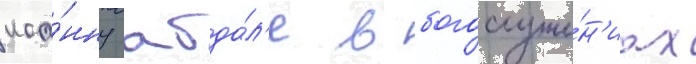
иоа́нну абда́л'е в богослуже́н'иах